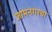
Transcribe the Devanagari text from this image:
जामनगरचा